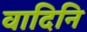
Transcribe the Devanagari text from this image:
वादिनि